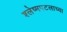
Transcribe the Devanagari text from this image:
श्लेष्मपटलाच्या